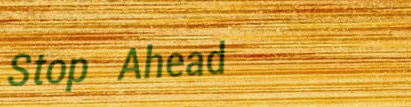
Stop Ahead